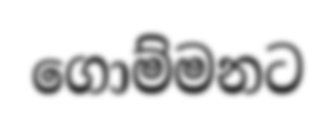
ගොම්මනට